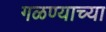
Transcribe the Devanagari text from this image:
गळण्याच्या